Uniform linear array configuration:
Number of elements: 12
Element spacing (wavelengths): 1
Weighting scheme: cosine
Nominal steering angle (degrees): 15
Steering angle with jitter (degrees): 15.555
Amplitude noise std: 0.05
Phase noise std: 0.05

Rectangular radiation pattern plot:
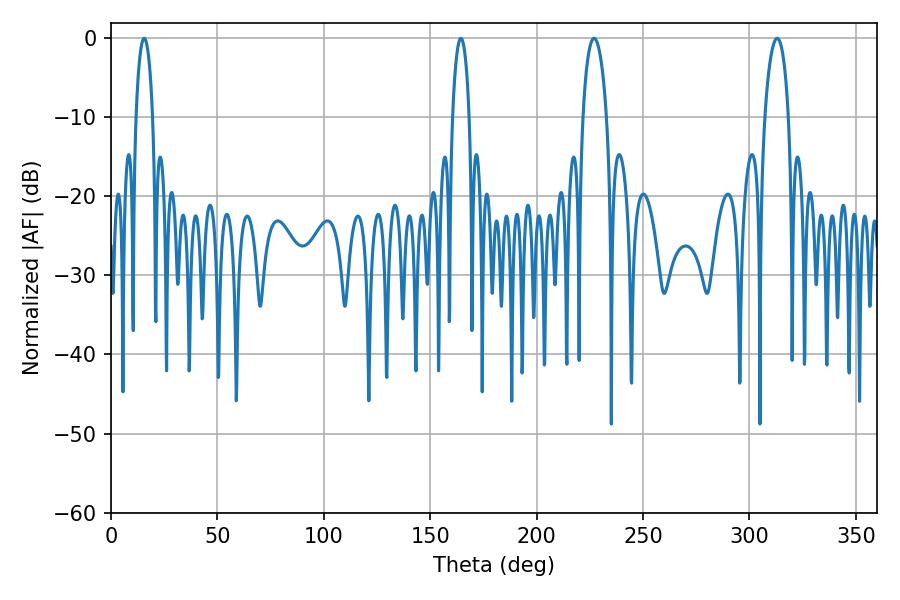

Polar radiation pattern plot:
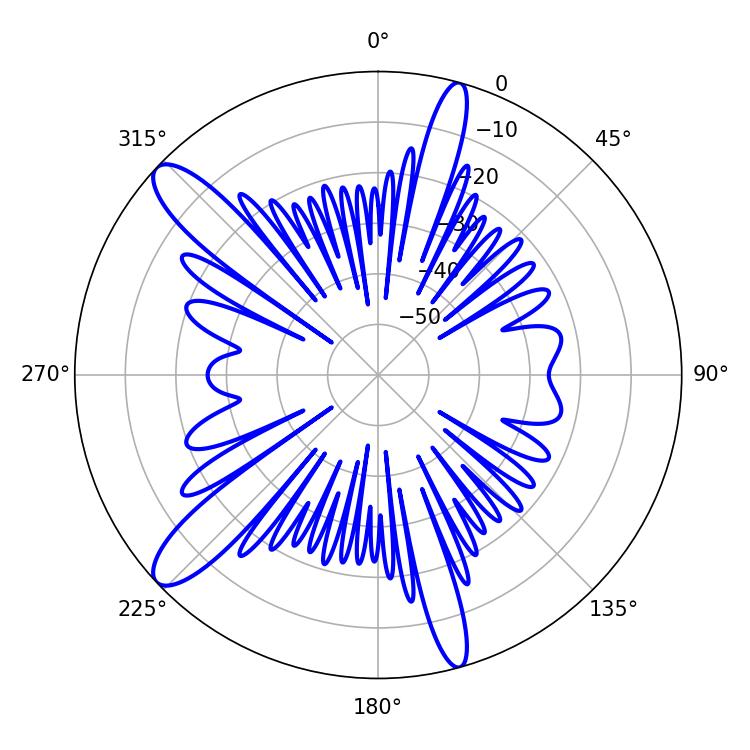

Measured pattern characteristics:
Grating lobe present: TRUE
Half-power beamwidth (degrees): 6.3
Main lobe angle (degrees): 226.98